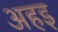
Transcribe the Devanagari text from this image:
अहइ